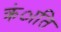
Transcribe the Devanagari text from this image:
क्रंाति